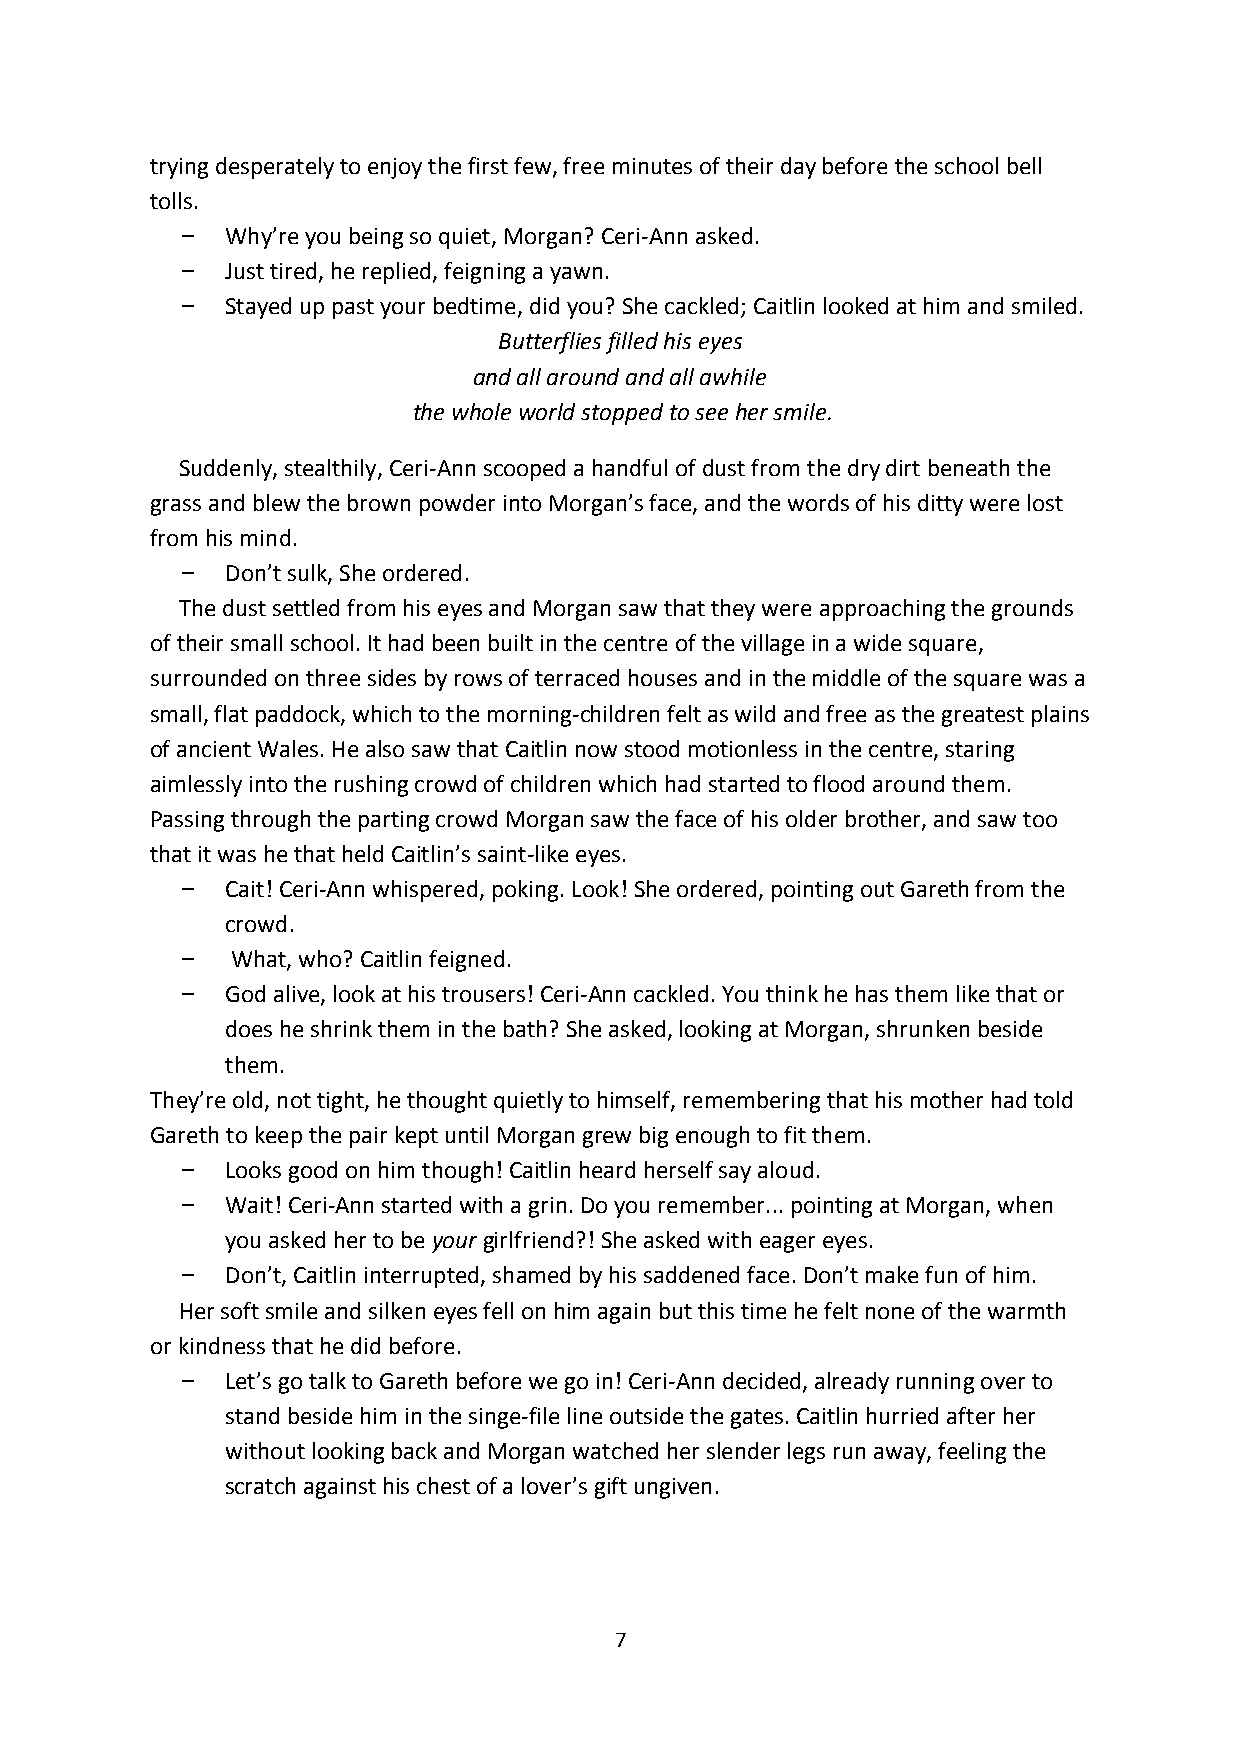
trying desperately to enjoy the first few, free minutes of their day before the school bell
 tolls.
 Why’re you being so quiet, Morgan? Ceri-Ann asked.
 Just tired, he replied, feigning a yawn.
 Stayed up past your bedtime, did you? She cackled; Caitlin looked at him and smiled.
 Butterflies filled his eyes
 and all around and all awhile
 the whole world stopped to see her smile.
 Suddenly, stealthily, Ceri-Ann scooped a handful of dust from the dry dirt beneath the
 grass and blew the brown powder into Morgan’s face, and the words of his ditty were lost
 from his mind.
 Don’t sulk, She ordered.
 The dust settled from his eyes and Morgan saw that they were approaching the grounds
 of their small school. It had been built in the centre of the village in a wide square,
 surrounded on three sides by rows of terraced houses and in the middle of the square was a
 small, flat paddock, which to the morning-children felt as wild and free as the greatest plains
 of ancient Wales. He also saw that Caitlin now stood motionless in the centre, staring
 aimlessly into the rushing crowd of children which had started to flood around them.
 Passing through the parting crowd Morgan saw the face of his older brother, and saw too
 that it was he that held Caitlin’s saint-like eyes.
 Cait! Ceri-Ann whispered, poking. Look! She ordered, pointing out Gareth from the
 crowd.
 What, who? Caitlin feigned.
 God alive, look at his trousers! Ceri-Ann cackled. You think he has them like that or
 does he shrink them in the bath? She asked, looking at Morgan, shrunken beside
 them.
 They’re old, not tight, he thought quietly to himself, remembering that his mother had told
 Gareth to keep the pair kept until Morgan grew big enough to fit them.
 Looks good on him though! Caitlin heard herself say aloud.
 Wait! Ceri-Ann started with a grin. Do you remember... pointing at Morgan, when
 you asked her to be your girlfriend?! She asked with eager eyes.
 Don’t, Caitlin interrupted, shamed by his saddened face. Don’t make fun of him.
 Her soft smile and silken eyes fell on him again but this time he felt none of the warmth
 or kindness that he did before.
 Let’s go talk to Gareth before we go in! Ceri-Ann decided, already running over to
 stand beside him in the singe-file line outside the gates. Caitlin hurried after her
 without looking back and Morgan watched her slender legs run away, feeling the
 scratch against his chest of a lover’s gift ungiven.
 7